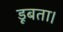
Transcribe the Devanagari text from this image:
डूबता।